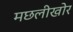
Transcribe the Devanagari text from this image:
मछलीखोर